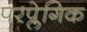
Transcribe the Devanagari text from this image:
परप्लेगिक